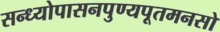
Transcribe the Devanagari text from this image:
सन्ध्योपासनपुण्यपूतमनसो